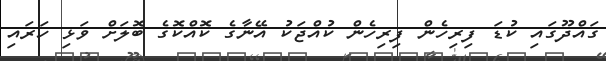
ގައްދޫގައި ކުޑަ ފިރިހެން ފިރިހެން ކުއްޖަކު އޭނާގެ ކޮއްކޮގެ ބޮލަށް ވަޅި ހަރައި